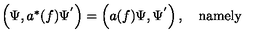
\begin{array} { c } { \left( \Psi , a ^ { * } ( f ) \Psi ^ { ^ { \prime } } \right) = \left( a ( f ) \Psi , \Psi ^ { ^ { \prime } } \right) , \quad \mathrm { n a m e l y } } \\ \end{array}